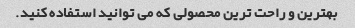
بهترین و راحت ترین محصولی که می توانید استفاده کنید.